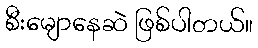
စီးမျောနေဆဲ ဖြစ်ပါတယ်။